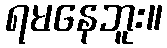
ရမနေဘူး။